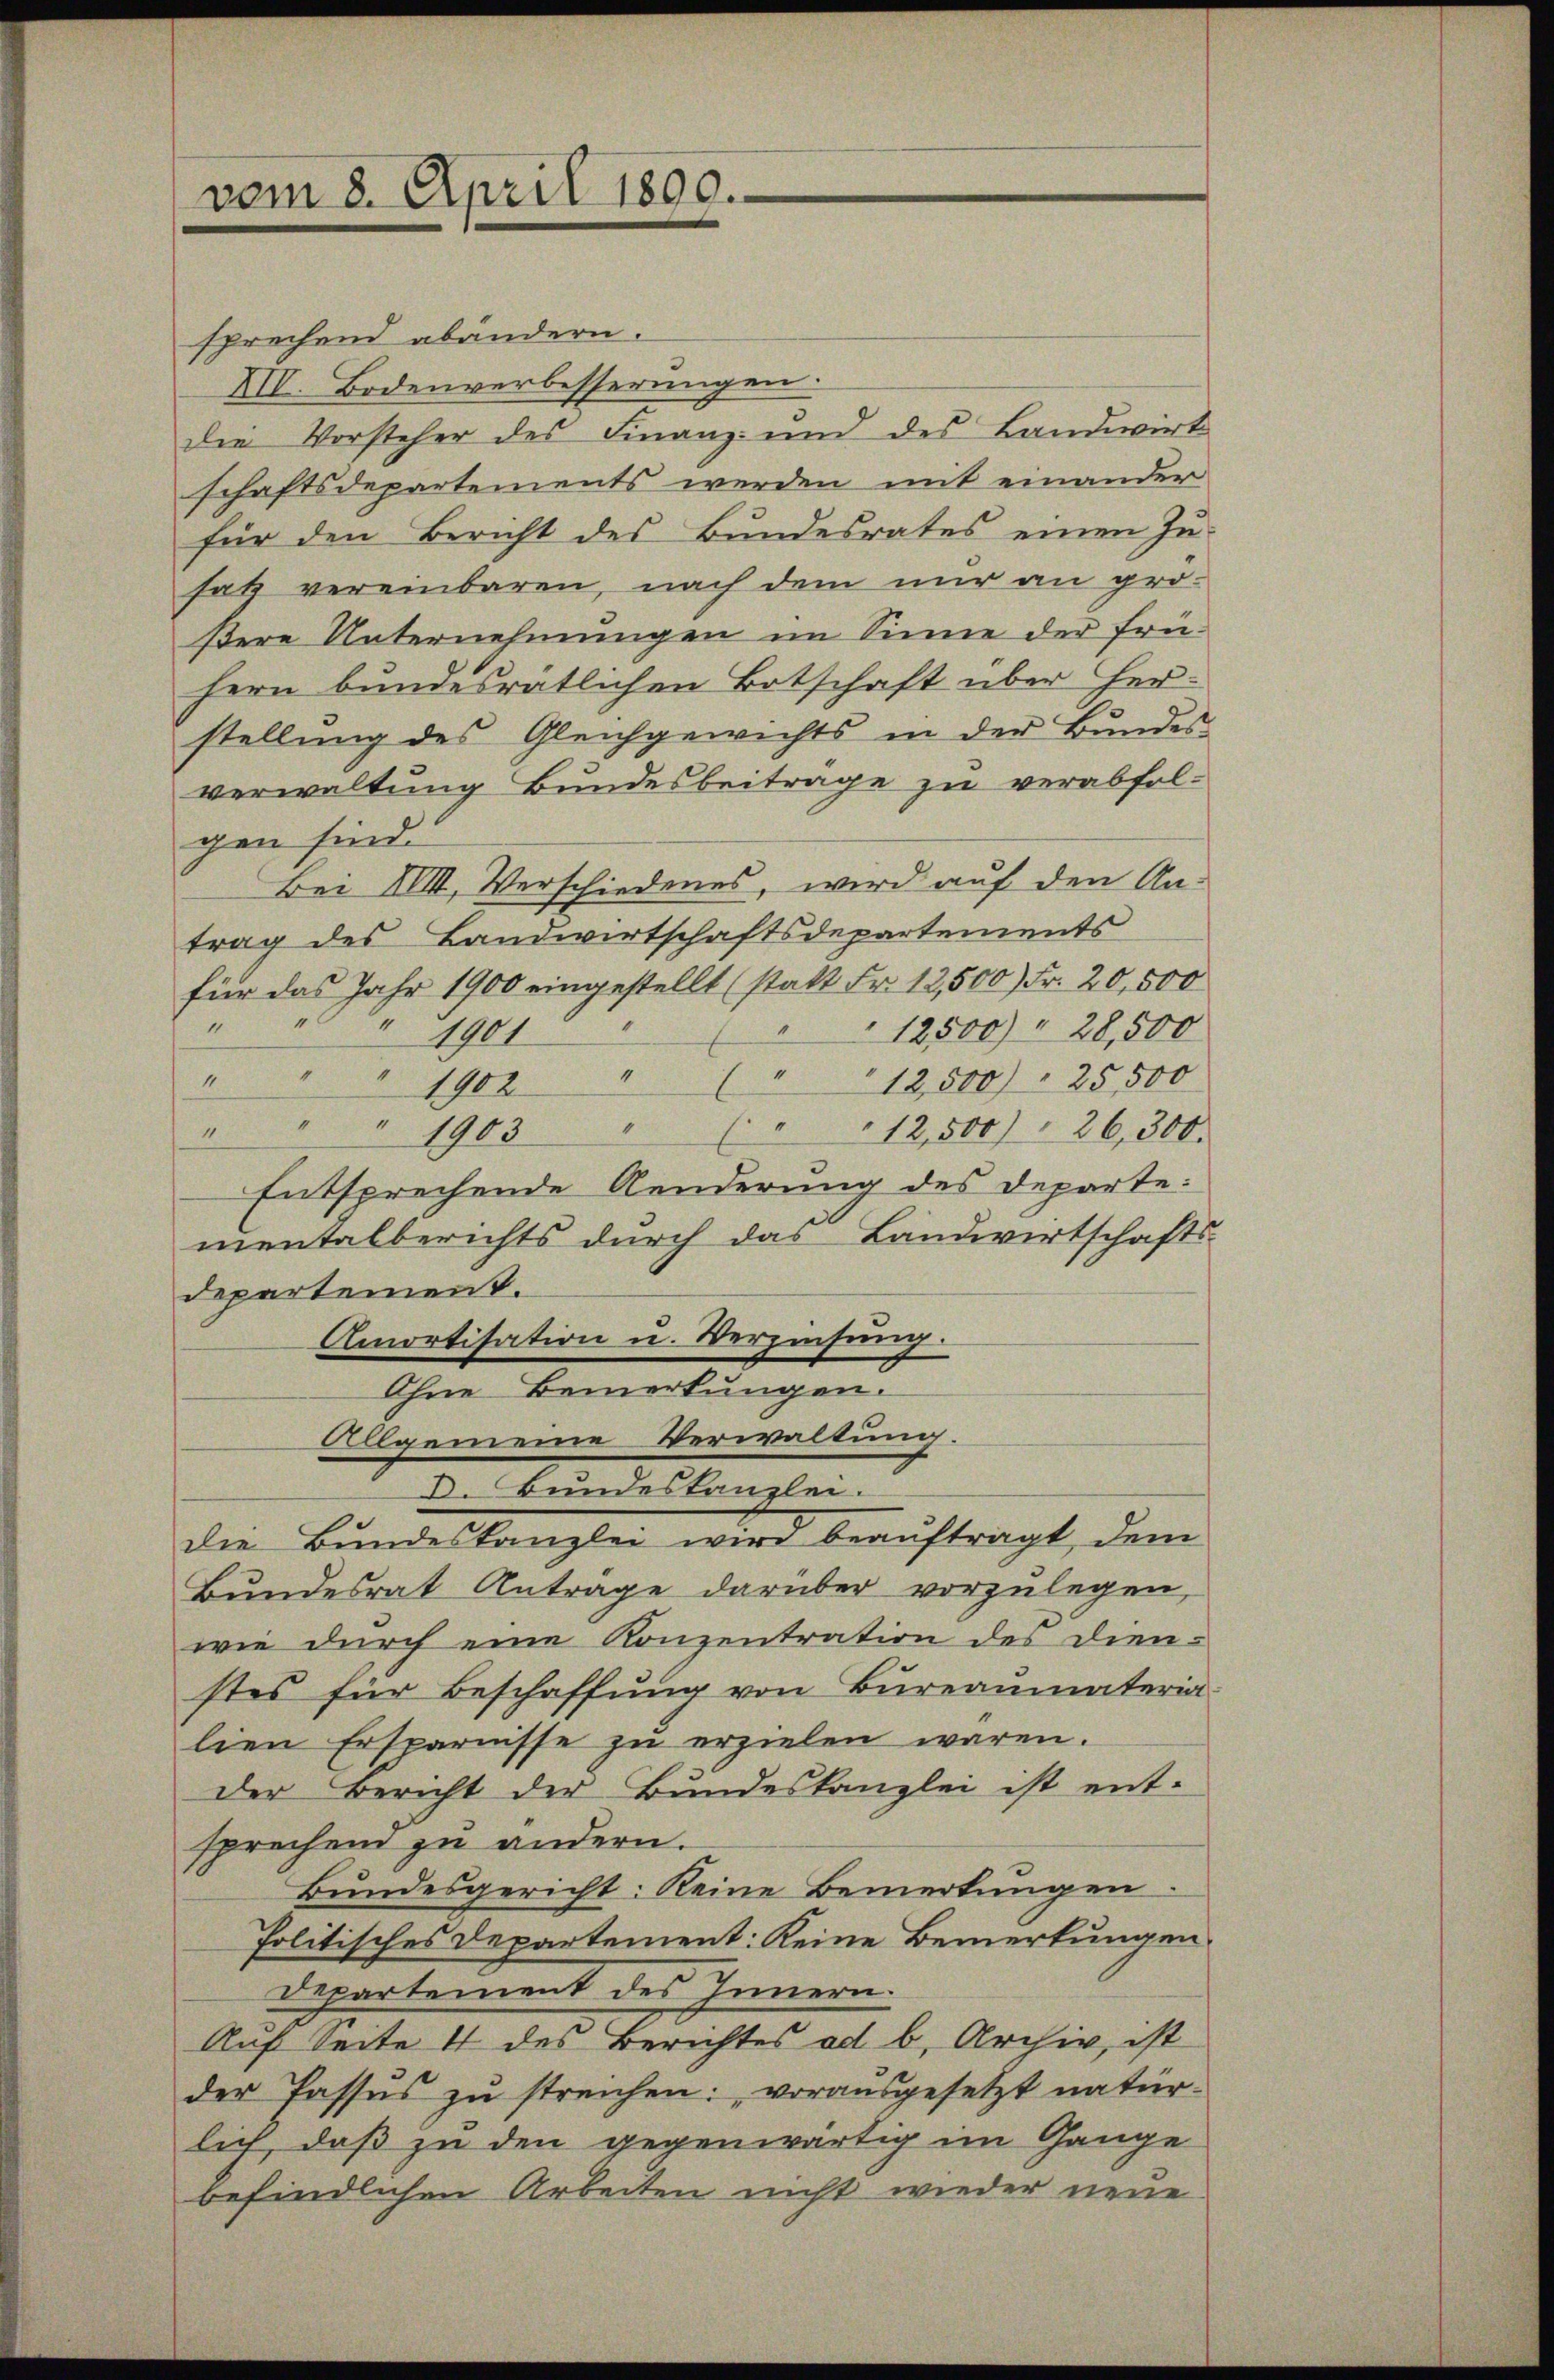
vom 8. April 1890.

sprechend abändern.
XII. Bodenverbesserungen.
die Vorsteher des Finanz- und des Landwirt
schaftsdepartements werden mit einander
für den Bericht des Bundesrates einen Jusatz vereinbaren, nach dem nur an grö-
ßere Unternehmungen im Sinne der frühern bundesratlichen Botschaft über Herstellung des Gleichgewichts in der Bundes-
verwaltung Bundesbeitrage zu verabfolgen sind.
Bei XVIII. Verschiedenes, wird auf den An-
trag des Landwirtschaftsdepartements
für das Jahr 1900 eingestellt (statt Fr. 12,500 Fr. 20,500
2
12,500 " 28,500
" 1901
1
"12,500) 25,500
" " " 1902
" " " 1903
" " 12,500)  26,300.
Entsprechende Aenderung des Departementalberichts durch das Landwirtschafts-
departement.
Amortisation u. Verzinsung.
Ohne Bemerkungen.
Allgemeine Verwaltung.
D. Bundeskanzlei.
die Bundeskanzlei wird beauftragt, dem
Bŭndesrat Antrage darüber vorzŭlegen,
wie durch eine Konzentration des Dienstes für Beschaffŭng von Büreaŭmateria
lien Ersparnisse zu erzielen waren.
der Bericht der Bundeskanzlei ist ent-
sprechen zu andern.
Bŭndesgericht: Keine Bemerkungen:
Politisches Departement: Keine Bemerkungen
Departement des Innern.
Auf Seite 4 des Berichtes ad b. Archiv, ist
der Passus zu streichen: vorausgesetzt natür-
lich, daß zu den gegenwärtig im Gange
befindlichen Arbeiten nicht wieder neue